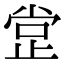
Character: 𣥺